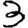
Digit: 3